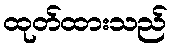
ထုတ်ထားသည်